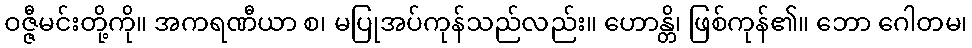
ဝဇ္ဇီမင်းတို့ကို။ အကရဏီယာ စ၊ မပြုအပ်ကုန်သည်လည်း။ ဟောန္တိ၊ ဖြစ်ကုန်၏။ ဘော ဂေါတမ၊